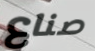
صناع